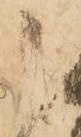
之